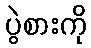
ပွဲစားကို